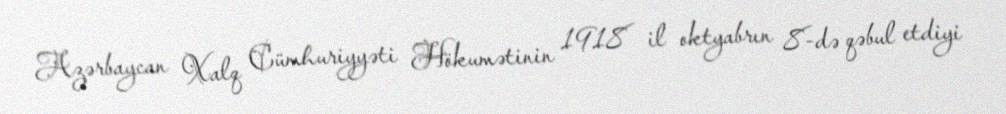
Azərbaycan Xalq Cümhuriyyəti Hökumətinin 1918 il oktyabrın 8-də qəbul etdiyi